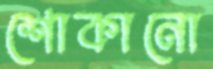
শোকানো